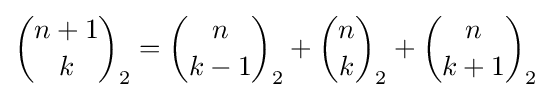
{n+1 \choose k}_{2}={n \choose k-1}_{2}+{n \choose k}_{2}+{n \choose k+1}_{2}